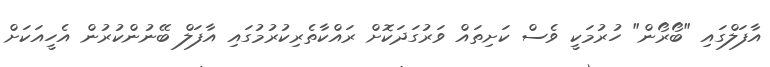
އާފަލްގައި "ބޯރޯން" ހުރުމަކީ ވެސް ކަށިތައް ވަރުގަދަކޮށް ރައްކާތެރިކުރުމުގައި އާފަލް ބޭނުންކުރުން އެހީއަކަށް